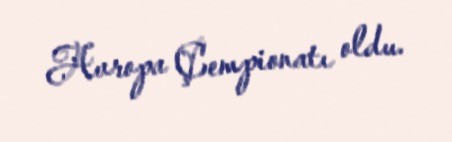
Avropa Çempionatı oldu.